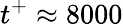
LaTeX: t^{+}\approx 8000